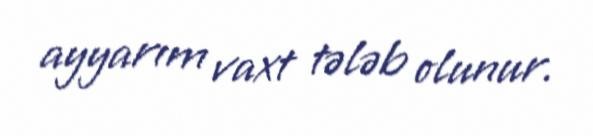
ayyarım vaxt tələb olunur.